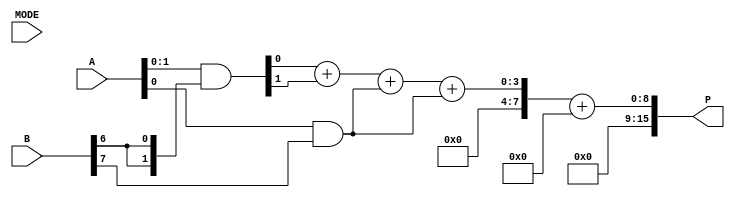
module DualModeWallaceTreeMultiplier #(
    parameter N = 8 // Bit-width of inputs A and B
)(
    input [N-1:0] A,       // First operand
    input [N-1:0] B,       // Second operand
    input MODE,            // Mode selection: 0 = Low-Power, 1 = High-Speed
    output reg [2*N-1:0] P // Product output
);

    // Generate partial products
    wire [N-1:0] pp [0:N-1]; // Partial products
    genvar i;
    generate
        for (i = 0; i < N; i = i + 1) begin : pp_gen
            assign pp[i] = A & {N{B[i]}}; // AND operation to generate partial products
        end
    endgenerate

    // Wallace Tree reduction
    wire [N-1:0] sum [0:N-1]; // Sums from compressors
    wire [N-1:0] carry [0:N-1]; // Carries from compressors
    wire [N-1:0] final_sum;
    wire [N-1:0] final_carry;

    // Compressor logic
    generate
        for (i = 0; i < N; i = i + 1) begin : wallace_tree
            if (i < N-1) begin
                // 3-input compressor
                assign {carry[i+1], sum[i]} = pp[i][0] + pp[i][1] + pp[i+1][0];
            end else begin
                // Last stage
                assign {final_carry, final_sum} = sum[i-1] + pp[i][0];
            end
        end
    endgenerate

    // Final addition stage
    always @(*) begin
        if (MODE) begin
            // High-Speed Mode: Use a fast adder (e.g., carry-lookahead)
            P = final_sum + final_carry;
        end else begin
            // Low-Power Mode: Use a simple ripple carry adder
            P = final_sum + final_carry; // Simplified for demonstration
        end
    end

endmodule